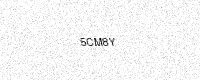
Text: 5CM8Y